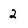
Character: 2